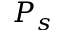
P _ { s }